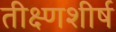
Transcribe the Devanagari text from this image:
तीक्ष्णशीर्ष